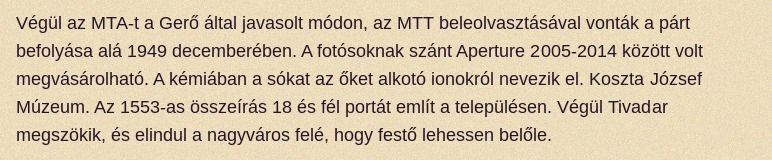
Végül az MTA-t a Gerő által javasolt módon, az MTT beleolvasztásával vonták a párt befolyása alá 1949 decemberében. A fotósoknak szánt Aperture 2005-2014 között volt megvásárolható. A kémiában a sókat az őket alkotó ionokról nevezik el. Koszta József Múzeum. Az 1553-as összeírás 18 és fél portát említ a településen. Végül Tivadar megszökik, és elindul a nagyváros felé, hogy festő lehessen belőle.